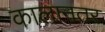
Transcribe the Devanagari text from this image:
कालानतर